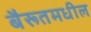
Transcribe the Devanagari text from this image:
बैरूतमधील